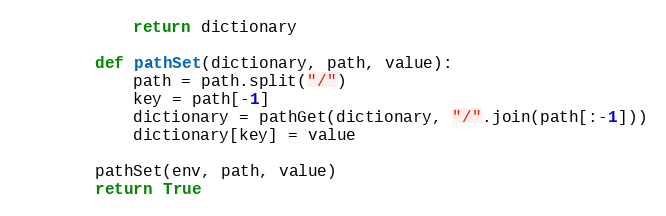
Language: Python
            return dictionary

        def pathSet(dictionary, path, value):
            path = path.split("/")
            key = path[-1]
            dictionary = pathGet(dictionary, "/".join(path[:-1]))
            dictionary[key] = value

        pathSet(env, path, value)
        return True